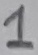
Text: 1